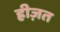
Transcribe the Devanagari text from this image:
ह्रीज़त